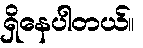
ရှိနေပါတယ်။